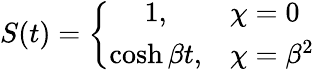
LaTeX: S(t)=\left\{ \begin{array}{cl}{{1,}}&{{\chi=0}}\\ {{\cosh\beta t,}}&{{\chi={\beta}^{2}}}\end{array}\right.